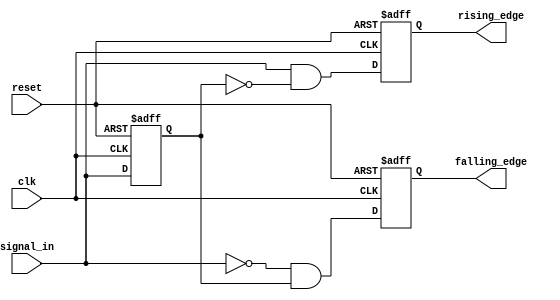
module dual_edge_detector (
    input wire clk,            // Clock signal
    input wire reset,          // Reset signal
    input wire signal_in,      // Input signal to detect edges
    output reg rising_edge,    // Rising edge detected flag
    output reg falling_edge    // Falling edge detected flag
);

    reg signal_in_prev;        // Register to hold the previous state of signal_in

    always @(posedge clk or posedge reset) begin
        if (reset) begin
            signal_in_prev <= 0;     // Initialize previous state to 0 on reset
            rising_edge <= 0;        // Clear rising edge flag
            falling_edge <= 0;       // Clear falling edge flag
        end else begin
            // Edge Detection Logic
            rising_edge <= (signal_in && !signal_in_prev); // Rising edge detected
            falling_edge <= (!signal_in && signal_in_prev); // Falling edge detected
            
            // Update previous state
            signal_in_prev <= signal_in;  // Store current state for next clock cycle
        end
    end

endmodule